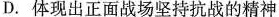
D.体现出正面战场坚持抗战的精神